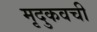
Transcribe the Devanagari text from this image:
मृदुकवची